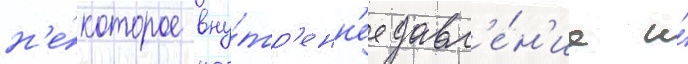
н'е́которое вну́тр'енн'ее давл'е́н'ие и́